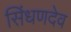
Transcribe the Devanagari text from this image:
सिंधणदेव